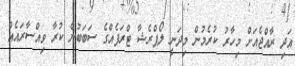
އަދި ރާއްޖެއަށް މިހާރު ކުރެމުން މިދަނީ ލޯޕްރެޝާ ޓްރަފެއްގެ ސަބަބުން ކުރާ ވިއްސާރައެއް